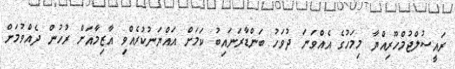
ރައީސުލްޖުމްހޫރިއްޔާ މިމަހުގެ އެއްވަނަ ދުވަހު ބަންޑާރަނައިބު ކަމަށް އައްޔަނުކުރެއްވި އާޒިމާއަށް ރުހުން ދެއްވުމަށް